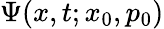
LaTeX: \Psi(x,t;x_{0},p_{0})